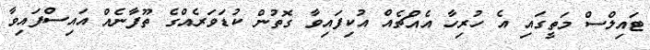
ޓައިލްސް މަތީގައި އެ ހުރިހާ އެއްޗެއް އުކިފައިވާ ގޮތުން ކުޑަވަރެއްގެ ތޫފާނެއް އައިސްފައިވާ